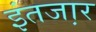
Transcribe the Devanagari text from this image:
इंतजा़र